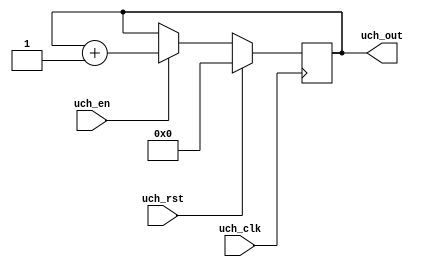
`timescale 1ns / 1ps
//////////////////////////////////////////////////////////////////////////////////
// Company: 
// Engineer: 
// 
// Design Name: Up Counter Hex
// Module Name: uch
// Project Name: 
// Target Devices: Nexys A7-100T
// Tool Versions: Vivado 2018.1
// Description: 
// 
// Dependencies: 
// 
// Revision:
// Revision 0.01 - File Created
// Additional Comments:
// 
//////////////////////////////////////////////////////////////////////////////////


module uch(                             // Counts from 0 to F
    input uch_clk,                      //
    input uch_rst,                      //
    input uch_en,                       //
    output reg [3:0] uch_out            //
    );                                  //
										//
    always @(posedge uch_clk)           //
    begin: uch_OP                       //
        if (uch_rst)                    // If uch_rst is high, set output to 0
            uch_out = 4'd0;             //
        else                            // If uch_rst is low, check uch_en
        begin: EN_ON                    // If uch_en is high, starting counting
            if (uch_en)                 //
                uch_out <= uch_out + 1; // Since uch_out is 4 bit, once it is 15 = F = 1111, adding another 1 
        end                             // will cause it to overflow back to 0, restarting the counter
    end                                 //
endmodule                               //